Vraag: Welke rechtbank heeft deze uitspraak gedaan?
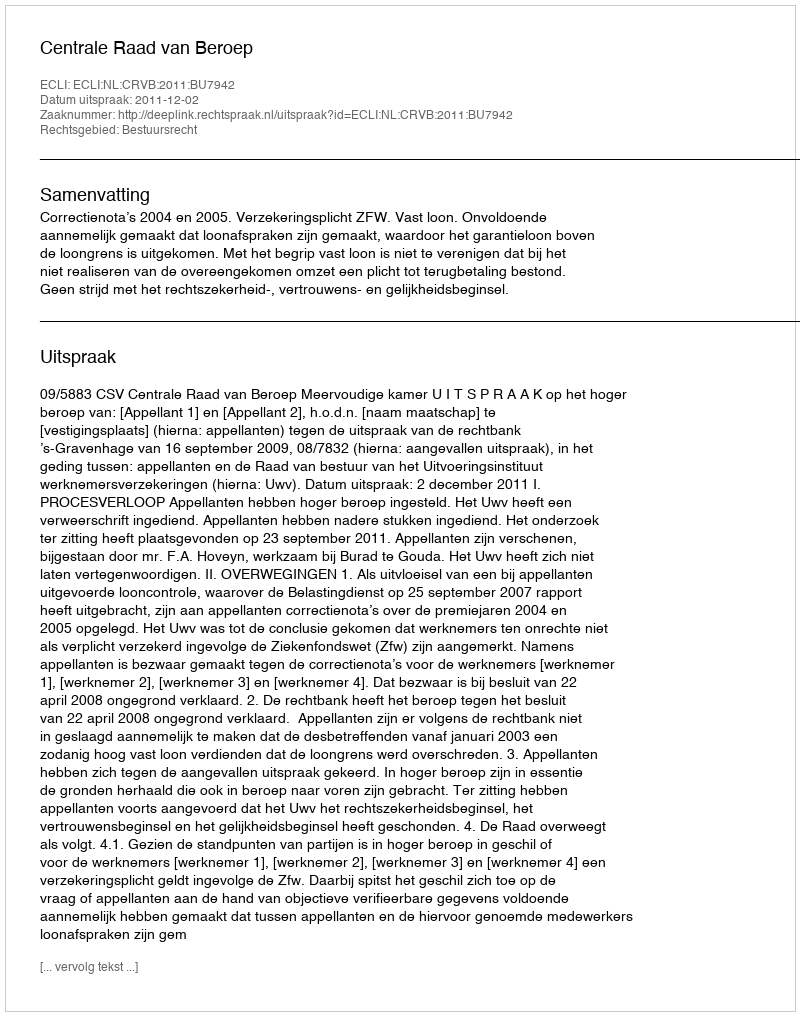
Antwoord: Centrale Raad van Beroep